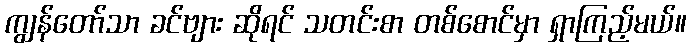
ကျွန်တော်သာ ခင်ဗျား ဆိုရင် သတင်းစာ တစ်စောင်မှာ ရှာကြည့်မယ်။